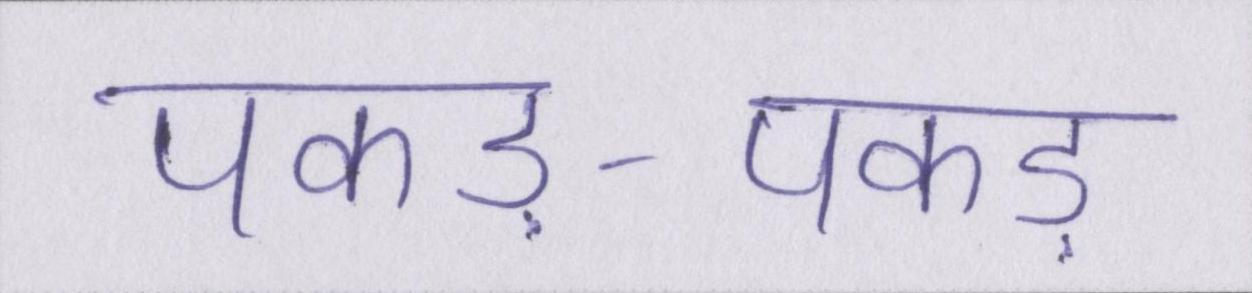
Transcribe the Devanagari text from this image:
पकड़-पकड़